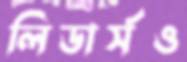
লিডার্সও